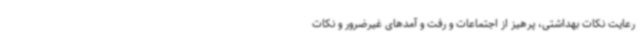
رعایت نکات بهداشتی، پرهیز از اجتماعات و رفت و آمدهای غیرضرور و نکات